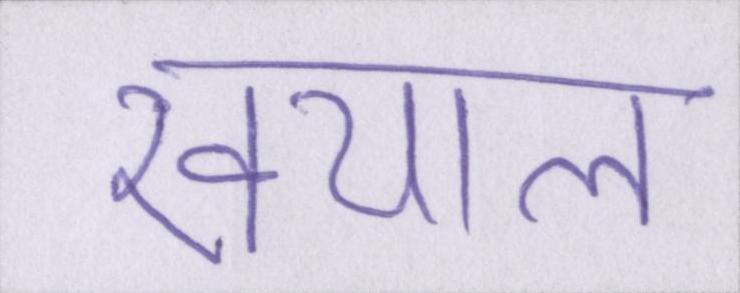
खयाल